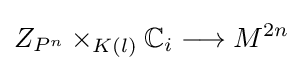
Z_{P^{n}}\times _{K(l)}\mathbb {C} _{i}\longrightarrow M^{2n}